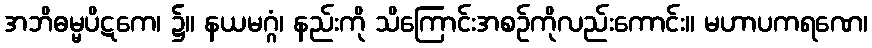
အဘိဓမ္မပိဋကေ၊ ၌။ နယမဂ္ဂံ၊ နည်းကို သိကြောင်းအစဉ်ကိုလည်းကောင်း။ မဟာပကရဏေ၊